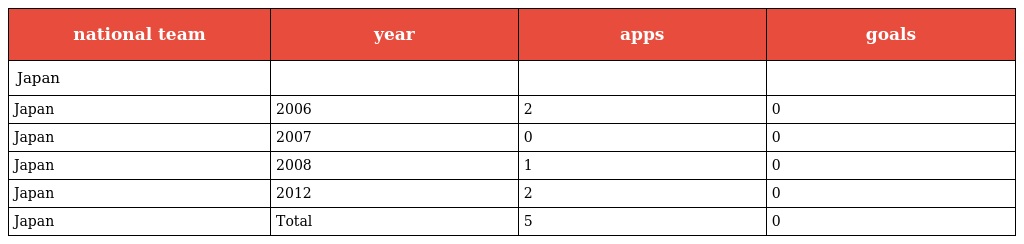
| national team | year | apps | goals |
 | --- | --- | --- | --- |
 | Japan |  |  |  |
 | Japan | 2006 | 2 | 0 |
 | Japan | 2007 | 0 | 0 |
 | Japan | 2008 | 1 | 0 |
 | Japan | 2012 | 2 | 0 |
 | Japan | Total | 5 | 0 |